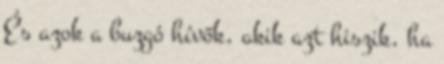
És azok a buzgó hívők, akik azt hiszik, ha